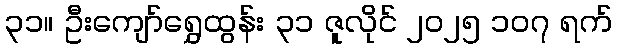
၃၁။ ဦးကျော်ရွှေထွန်း ၃၁ ဇူလိုင် ၂၀၂၅ ၁၀၇ ရက်